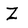
Character: Z